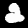
Digit: 2